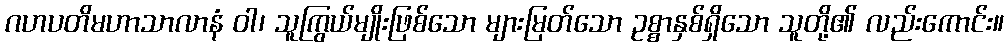
ဂဟပတိမဟာသာလာနံ ဝါ၊ သူကြွယ်မျိုးဖြစ်သော များမြတ်သော ဥစ္စာနှစ်ရှိသော သူတို့၏ လည်းကောင်း။